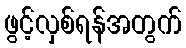
ဖွင့်လှစ်ရန်အတွက်